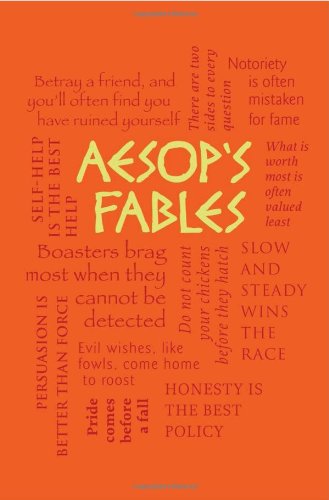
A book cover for Aesop's Fables (Word Cloud Classics); Aesop; Literature & Fiction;